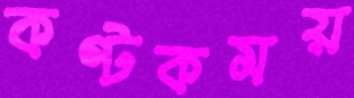
কণ্টকময়